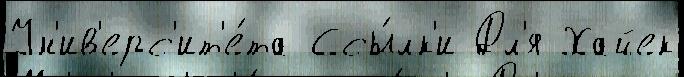
Ун'ив'ерс'ит'е́та Ссы́лк'и Дл'я Хайек